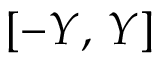
[ - Y , \, Y ]